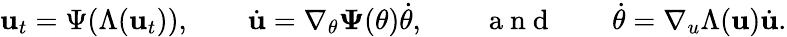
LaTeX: \mathbf{u}_{t}=\Psi(\Lambda(\mathbf{u}_{t})),\qquad\dot{\mathbf{u}}=\nabla_{\theta}\mathbf{\Psi}(\theta)\dot{\theta},\qquad\mathrm{~a~n~d~}\qquad\dot{\theta}=\nabla_{u}\Lambda(\mathbf{u})\dot{\mathbf{u}}.